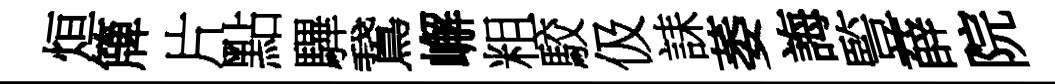
烜簰片點驆鵞嶰粗駮伋誄萎誨䜿薛院